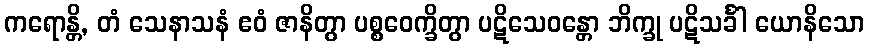
ကရောန္တိ, တံ သေနာသနံ ဧဝံ ဇာနိတွာ ပစ္စဝေက္ခိတွာ ပဋိသေဝန္တော ဘိက္ခု ပဋိသင်္ခါ ယောနိသော